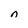
Character: n